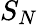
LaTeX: S_{N}